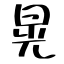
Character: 晃